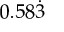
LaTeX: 0 . 5 8 { \dot { 3 } }